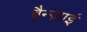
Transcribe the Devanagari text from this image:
बैन्ज़ाई